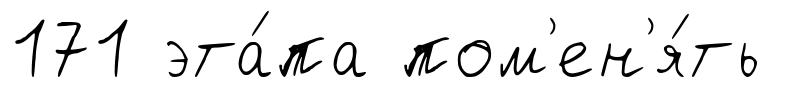
171 эта́па пом'ен'я́ть